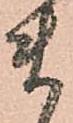
ま